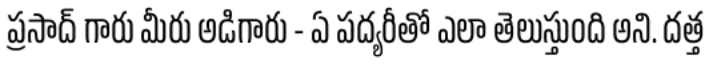
ప్రసాద్ గారు మీరు అడిగారు - ఏ పద్యరీతో ఎలా తెలుస్తుంది అని. దత్త